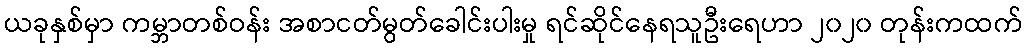
ယခုနှစ်မှာ ကမ္ဘာတစ်ဝန်း အစာငတ်မွတ်ခေါင်းပါးမှု ရင်ဆိုင်နေရသူဦးရေဟာ ၂၀၂၀ တုန်းကထက်